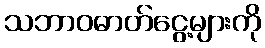
သဘာဝဓာတ်ငွေ့များကို